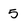
Character: 5